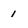
Character: 1